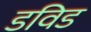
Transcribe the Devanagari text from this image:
डविड